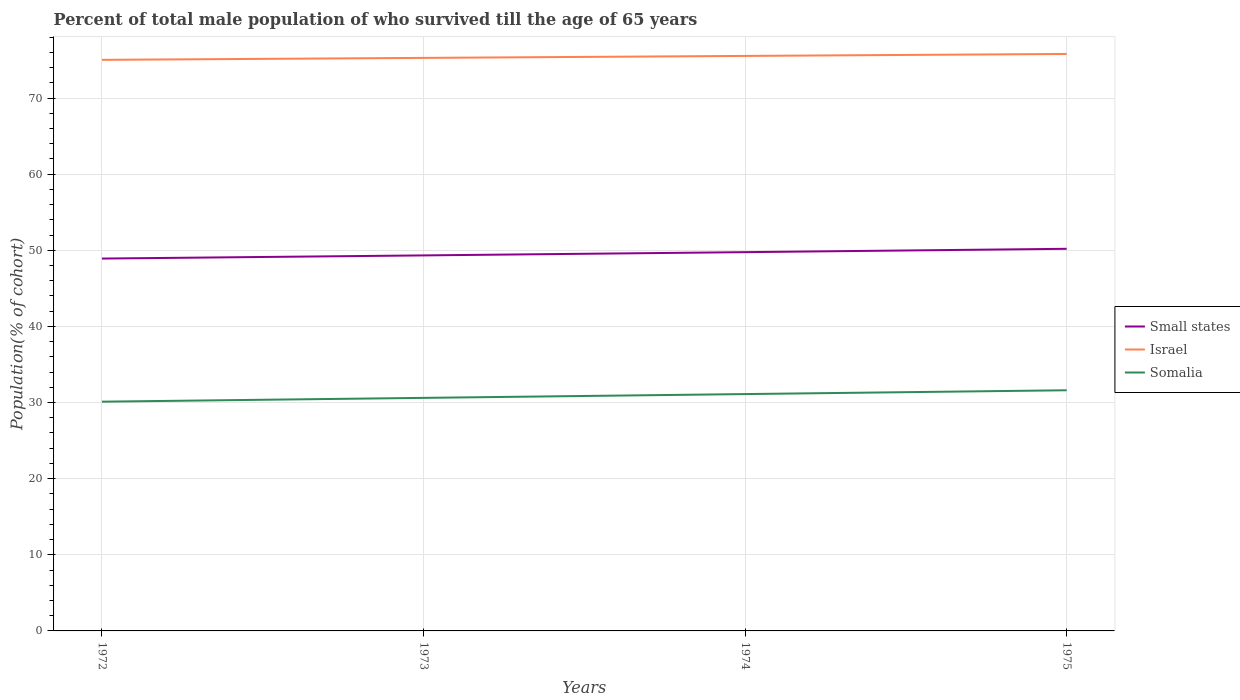
| Years | Small states | Israel | Somalia |
 | --- | --- | --- | --- |
 | 1972 | 48.9 | 75 | 30.1 |
 | 1973 | 49.3 | 75.3 | 30.6 |
 | 1974 | 49.8 | 75.5 | 31.1 |
 | 1975 | 50.2 | 75.8 | 31.6 |